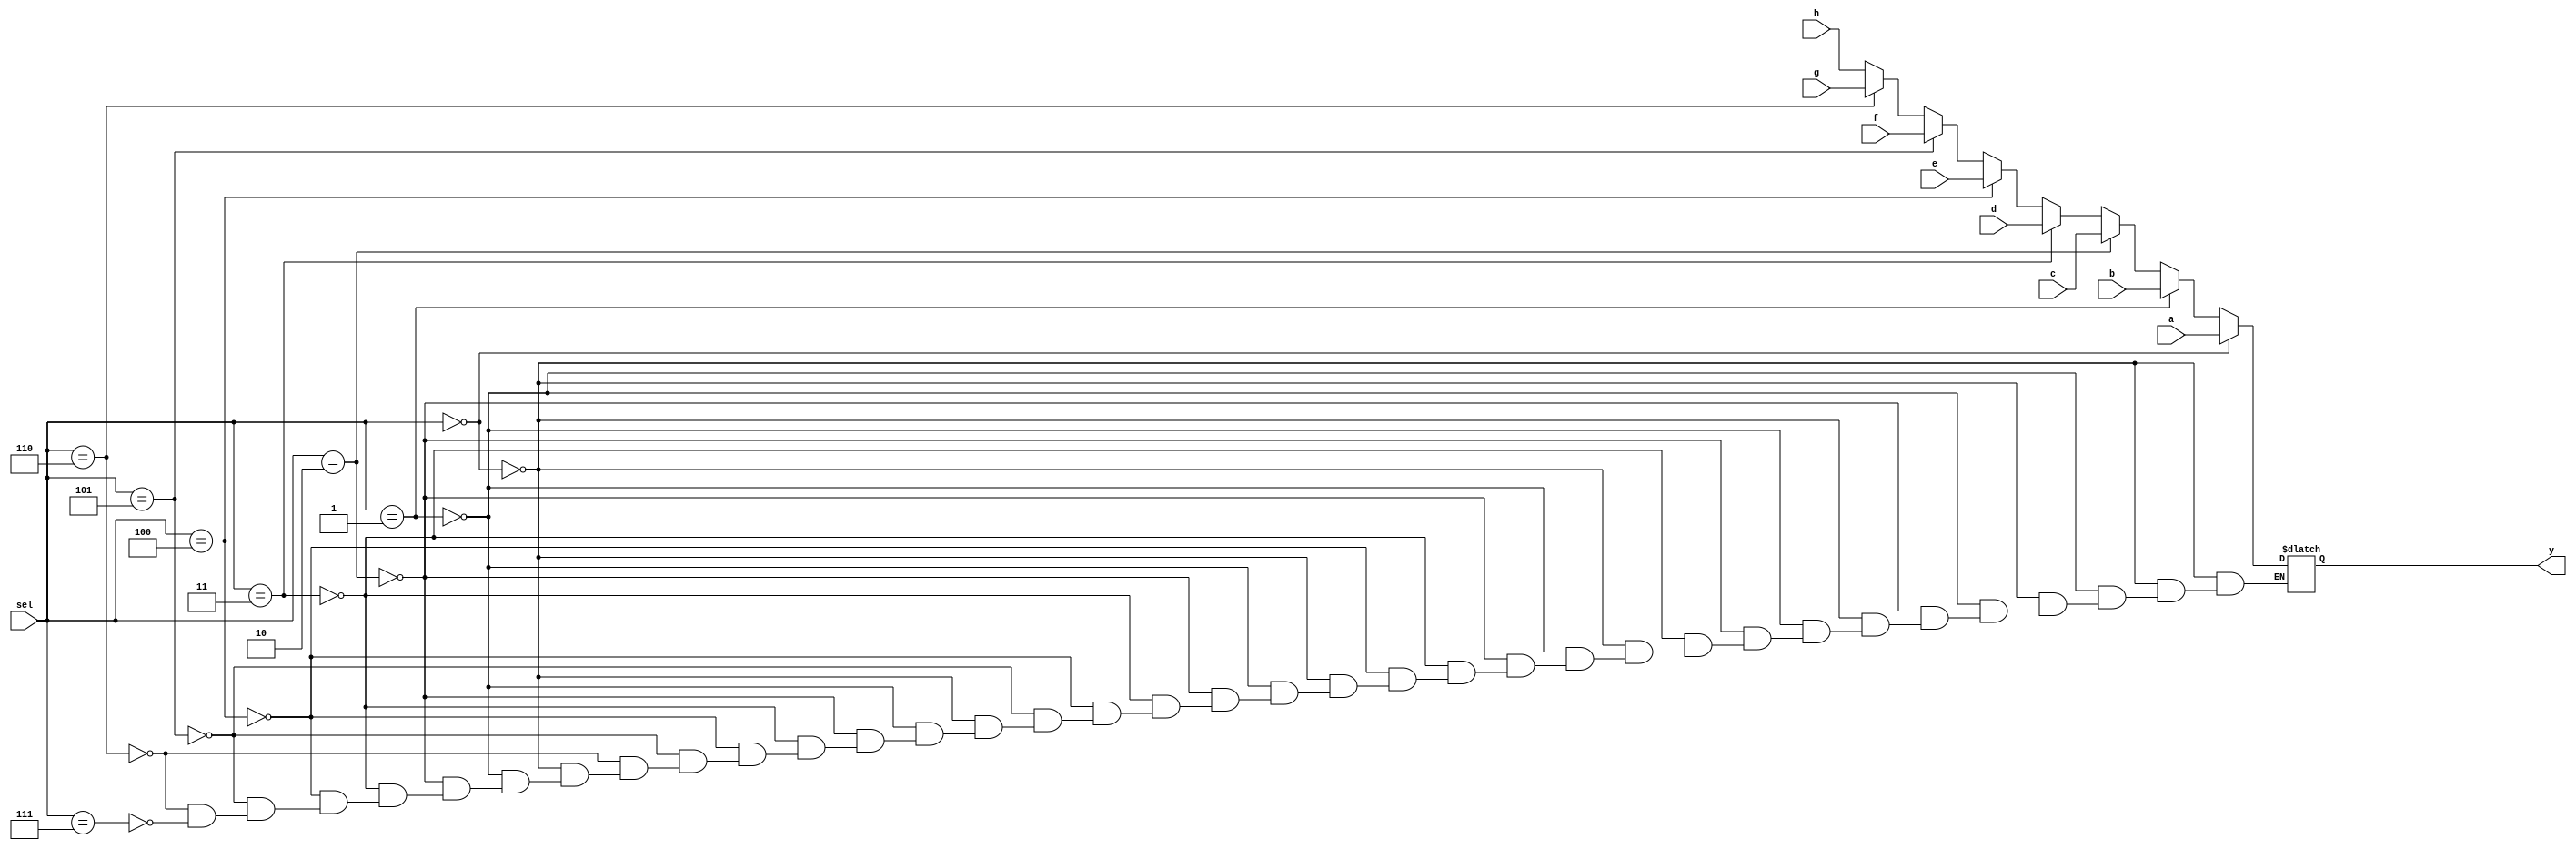
module mux_8_1(a,b,c,d,e,f,g,h,sel,y);
  input [15:0] a,b,c,d,e,f,g,h;
  input [2:0] sel;
  output reg [15:0] y;

  always@(y,sel)
  begin
    if(sel == 3'b000) begin
      y = a;
    end
    else if(sel == 3'b001) begin
      y = b;
    end
    else if(sel == 3'b010) begin
      y = c;
    end
    else if(sel == 3'b011) begin
      y = d;
    end
    else if(sel == 3'b100) begin
      y = e;
    end
    else if(sel == 3'b101) begin
      y = f;
    end
    else if(sel == 3'b110) begin
      y = g;
    end
    else if(sel == 3'b111) begin
      y = h;
    end
  end
endmodule